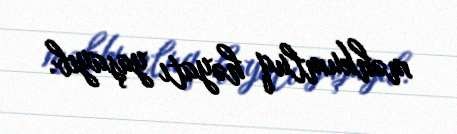
məhkumluq həyatı yaşayıb.